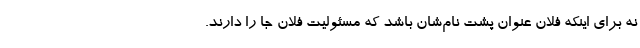
نه برای اینکه فلان عنوان پشت نام‌شان باشد که مسئولیت فلان جا را دارند.